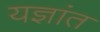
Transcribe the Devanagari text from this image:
यज्ञांत